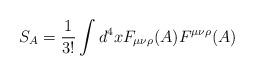
LaTeX: \begin{align*}S_{A}=\frac{1}{3!}\int d^{4}xF_{\mu\nu\rho}(A)F^{\mu\nu\rho}(A) \end{align*}